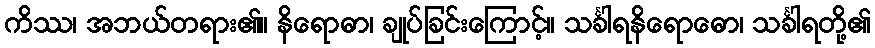
ကိဿ၊ အဘယ်တရား၏။ နိရောဓာ၊ ချုပ်ခြင်းကြောင့်။ သင်္ခါရနိရောဓော၊ သင်္ခါရတို့၏